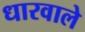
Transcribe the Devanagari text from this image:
धारवाले